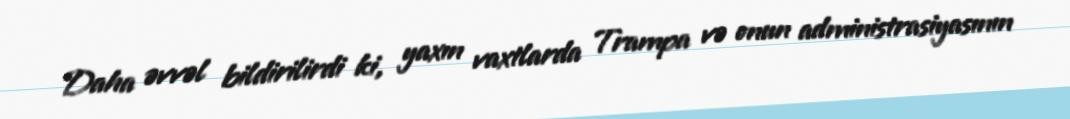
Daha əvvəl bildirilirdi ki, yaxın vaxtlarda Trampa və onun administrasiyasının